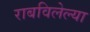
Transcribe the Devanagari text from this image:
राबविलेल्या